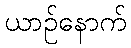
ယာဉ်နောက်